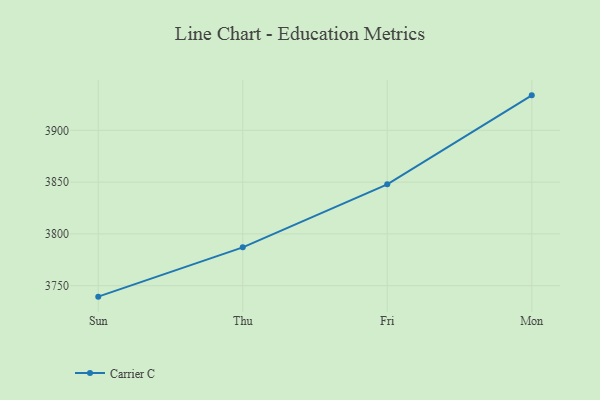
{"axis": {"x": "Day", "y": "Tickets Resolved"}, "legend": ["Carrier C"], "data": [{"x": "Sun", "y": 3739.4, "type": "Carrier C"}, {"x": "Thu", "y": 3787.0, "type": "Carrier C"}, {"x": "Fri", "y": 3847.9, "type": "Carrier C"}, {"x": "Mon", "y": 3933.8, "type": "Carrier C"}]}